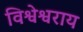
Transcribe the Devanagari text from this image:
विश्वेश्वराय